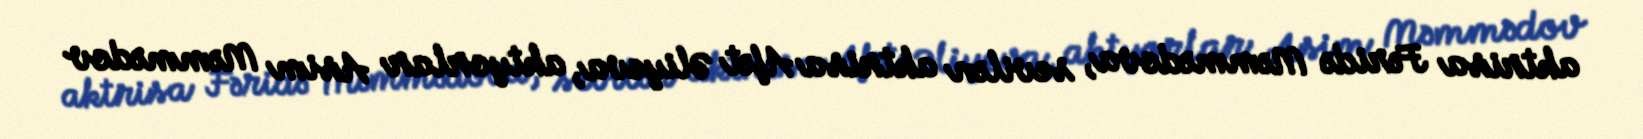
aktrisa Fəridə Məmmədova, sevilən aktrisa Afət Əliyeva, aktyorlar Asim Məmmədov